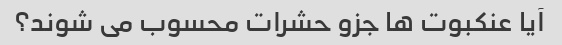
آیا عنکبوت ها جزو حشرات محسوب می شوند؟